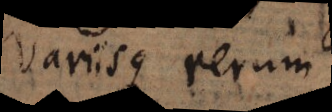
variisque rerum